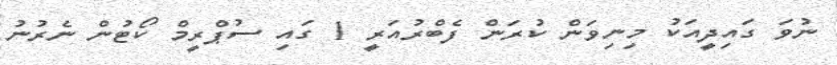
ނުވަ ގައިދީއަކު މިނިވަން ކުރަން ފެބްރުއަރީ 1 ގައި ސުޕްރީމް ކޯޓުން ނެރުނު